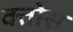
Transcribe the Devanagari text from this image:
क्तोस